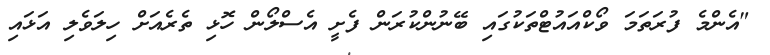
"އެންމެ ފުރަތަމަ ވޯކްއައުޓްތަކުގައި ބޭނުންކުރަން ފެށީ އެސްލޯން ހޮޅި ތެރެއަށް ހިލަވެލި އަޅައި